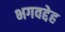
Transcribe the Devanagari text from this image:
भगवद्देह